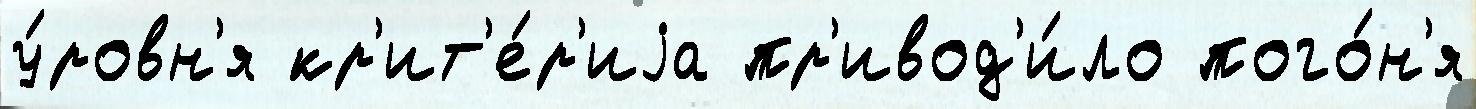
у́ровн'я кр'ит'е́р'иjа пр'ивод'и́ло пого́н'я